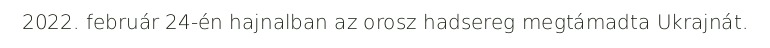
2022. február 24-én hajnalban az orosz hadsereg megtámadta Ukrajnát.